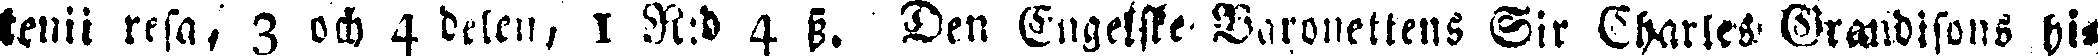
tenii resa, 3 och 4 delen, 1 R:d 4 ss. Den Engelske Baronettens Sir Charles Grandisons bi-